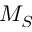
M _ { S }